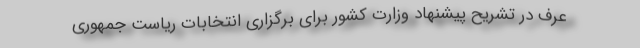
عرف در تشریح پیشنهاد وزارت کشور برای برگزاری انتخابات ریاست جمهوری